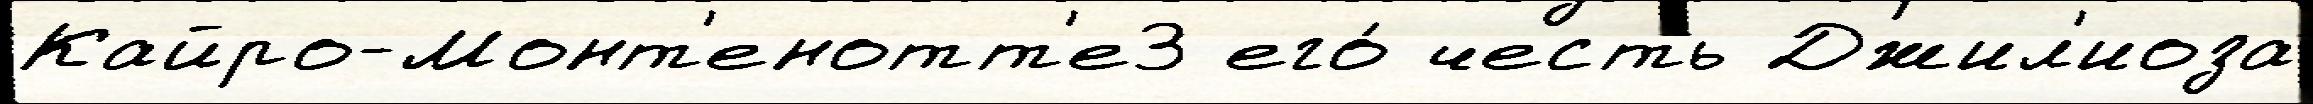
Кайро-Монт'енотт'е3 его́ честь Джил'иоза